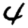
Digit: 4